system: You are a helpful assistant.
user:
Analyze the provided spectrum to determine if it is a **S-type Star**.

- **Key Indicators for S-type Star:**

    - **(Overall Spectrum Shape):** The first and most obvious characteristic is the overall continuum (the "baseline" shape). It is **extremely "red-sloping,"** meaning the flux (light intensity) is very low on the left side (blue, ~4000-4500 Å) and rises steeply and continuously toward the right side (red, ~7000 Å+).

    - **(Primary):** The spectrum is defined by the presence of strong, broad molecular absorption "valleys" (bands) from **Zirconium Oxide (ZrO)**. The identification of these bands is the **primary requirement** for classifying a star as S-type.
        - **(Key Bandheads):** You must find distinct, deep "dips" where the light has been absorbed. The most critical band systems to locate are:
            - **~6474 Å** ($\gamma$-system): This is often the strongest and clearest ZrO feature, found in the red part of the spectrum.
            - **~5718 Å** & **~5551 Å** ($\beta$-system): A pair of prominent absorption features in the yellow-orange part of the spectrum.
            - **~4640 Å** ($\alpha$-system): A key absorption band system in the blue-green region of the spectrum.

    - **(Secondary Confirmation):** The classification is strengthened by finding additional absorption bands from other related heavy element oxides, which are expected to be present alongside ZrO.
        - **(Key Bandheads):**
            - **Yttrium Oxide (YO):** Look for absorption dips near **~4800 Å** and **~6100 Å**.
            - **Lanthanum Oxide (LaO):** Additional absorption features, particularly in the red-orange part of the spectrum, are also characteristic.

    - **(Line Profile):** The combination of the steep red continuum and these numerous, deep molecular bands (ZrO, YO, etc.) gives the entire spectrum a very **"chopped-up"** or **"bumpy"** appearance. Instead of a smooth curve, the spectrum looks as though large, wide chunks of light have been "carved out" of it at the specific wavelengths listed above.

Think first, call **spectral_visualization_tool** if needed to examine features in detail, then provide your final answer. Your response must adhere to the following strict rules:
1.  **Overall Structure:** Your response must follow the format `<think>...</think> <tool_call>...</tool_call> (if a tool is used) <answer>...</answer>`.
2.  **Tool Usage Constraint:** You may only make **one** tool call per turn.
3.  **Final Answer Format:** In the `<answer>` tag, your conclusion must be inside a `\boxed{}` command (e.g., `\boxed{YES}` or `\boxed{NO}`), followed by your justification.

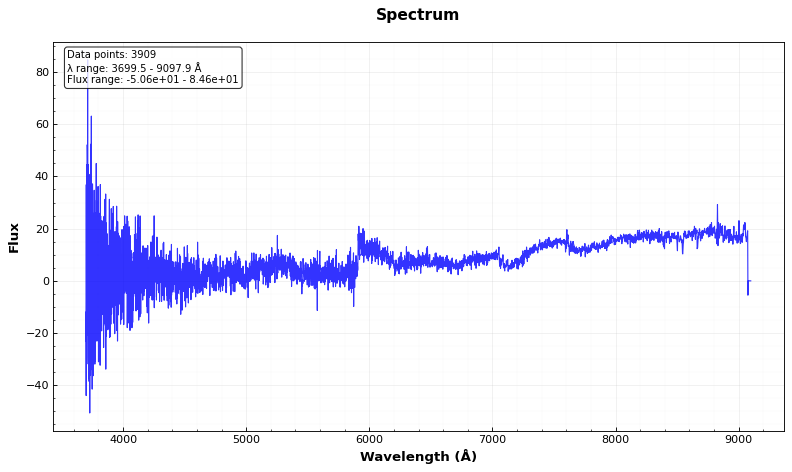
Answer: YES